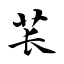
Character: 苌